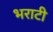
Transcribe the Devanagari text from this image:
भराटी